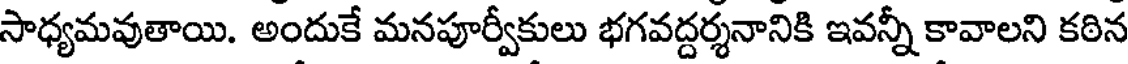
సాధ్యమవుతాయి. అందుకే మనపూర్వీకులు భగవద్దర్శనానికి ఇవన్నీ కావాలని కఠిన